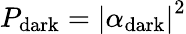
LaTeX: P_{\mathrm{dark}}=\left|\alpha_{\mathrm{dark}}\right|^{2}